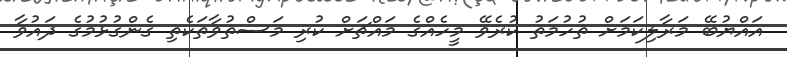
އައްޔުބޭ މަރާލިކަމަށް ތުހުމަތު ކުރެވޭ މީހެއްގެ މައްޗަށް ކުރި މަސްތުވާތަކެތި ގެންގުޅުމުގެ ދައުވާ